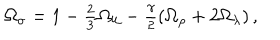
LaTeX: \Omega _ { \sigma } = 1 - \textstyle { \frac { 2 } { 3 } } \Omega _ { \cal U } - \textstyle { \frac { \gamma } { 2 } } ( \Omega _ { \rho } + 2 \Omega _ { \lambda } ) \, ,